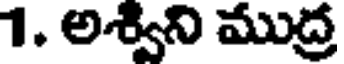
1. అశ్వని ముద్ర